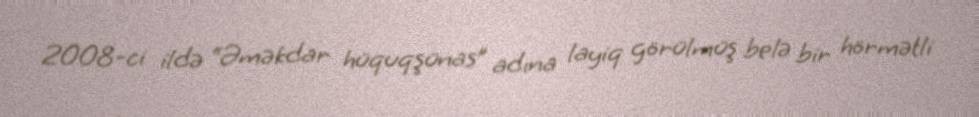
2008-ci ildə “Əməkdar hüquqşünas” adına layiq görülmüş belə bir hörmətli